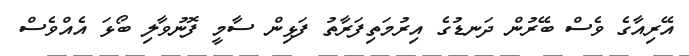
އޭރިއާގެ ވެސް ބޭރުން ދަނޑުގެ އިރުމަތިފަރާތު ފަޅިން ސާމީ ފޮނުވާލި ބޯޅަ އެއްވެސް